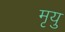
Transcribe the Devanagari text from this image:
मृयु